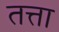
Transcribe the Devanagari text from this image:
तत्ता